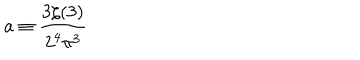
a \equiv \frac { 3 \zeta ( 3 ) } { 2 ^ { 4 } \pi ^ { 3 } }